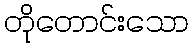
တိုတောင်းသော